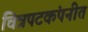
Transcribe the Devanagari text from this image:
चित्रपटकंपनीत